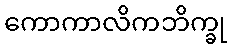
ကောကာလိကဘိက္ခု